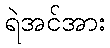
ရဲအင်အား